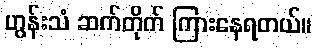
ဟွန်းသံ ဆက်တိုက် ကြားနေရတယ်။